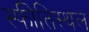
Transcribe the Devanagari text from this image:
स्फीतिस्थल